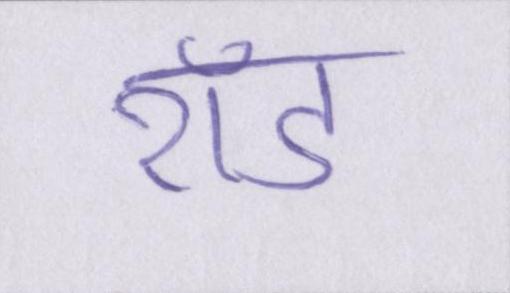
रॉड